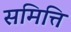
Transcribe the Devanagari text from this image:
समित्ति